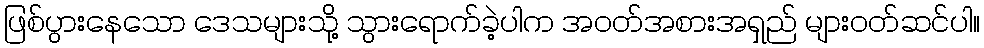
ဖြစ်ပွားနေသော ဒေသများသို့ သွားရောက်ခဲ့ပါက အဝတ်အစားအရှည် များဝတ်ဆင်ပါ။